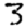
Digit: 3